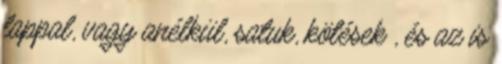
lappal, vagy anélkül, satuk, kötések , és az is